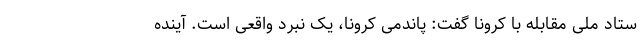
ستاد ملی مقابله با کرونا گفت: پاندمی کرونا، یک نبرد واقعی است. آینده